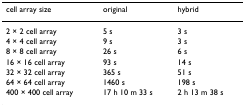
| cell array size | original | hybrid |
 | --- | --- | --- |
 | 2 × 2 cell array | 5 s | 3 s |
 | 4 × 4 cell array | 9 s | 3 s |
 | 8 × 8 cell array | 26 s | 6 s |
 | 16 × 16 cell array | 93 s | 14 s |
 | 32 × 32 cell array | 365 s | 51 s |
 | 64 × 64 cell array | 1460 s | 198 s |
 | 400 × 400 cell array | 17 h 10 m 33 s | 2 h 13 m 38 s |